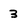
Character: 3